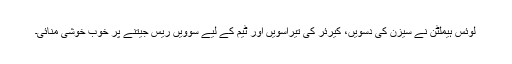
لوئس ہیملٹن نے سیزن کی دسویں، کیرئر کی تیراسویں اور ٹیم کے لیے سوویں ریس جیتنے پر خوب خوشی منائی۔